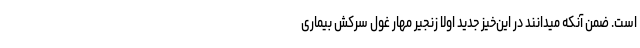
است. ضمن آنکه میدانند در این‌خیز جدید اولا زنجیر مهار غول سرکش بیماری